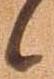
候